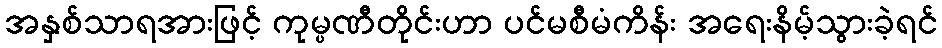
အနှစ်သာရအားဖြင့် ကုမ္ပဏီတိုင်းဟာ ပင်မစီမံကိန်း အရေးနိမ့်သွားခဲ့ရင်